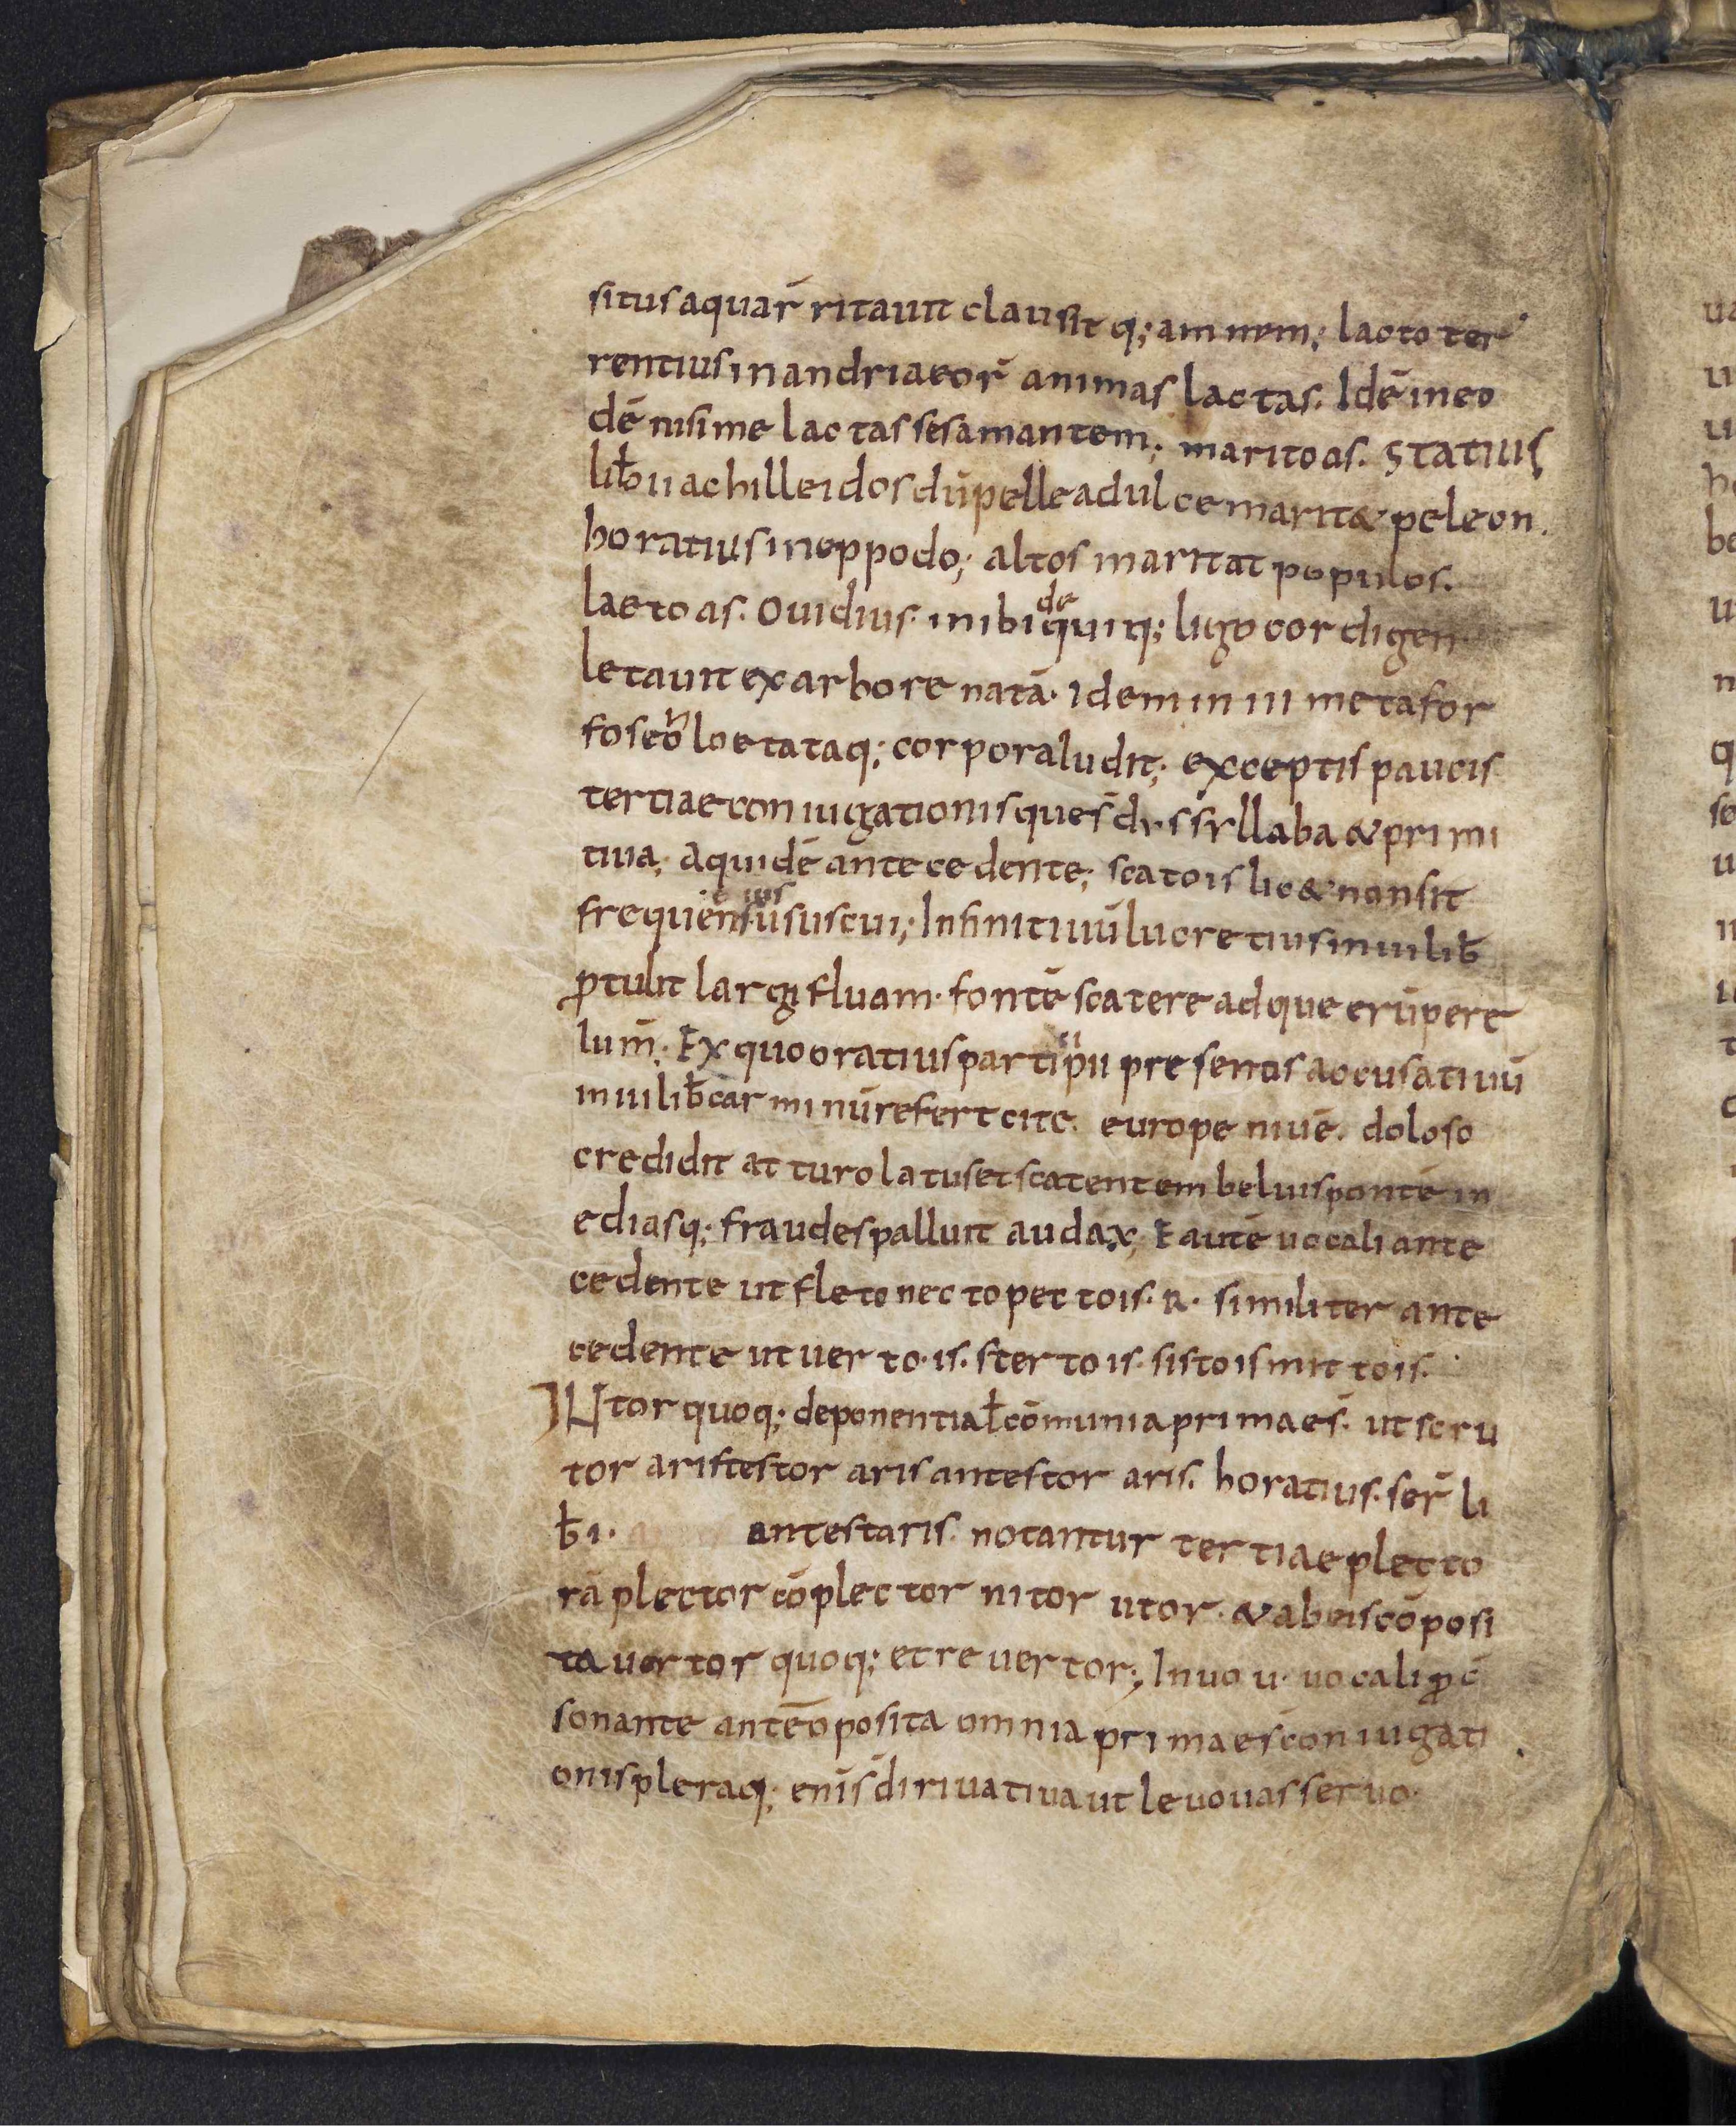
Shelfmark: Leiden, Bibliotheek der Rijksuniversiteit, Voss. Lat. O 41
Century: 9